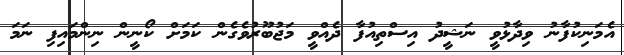
އެމަނިކުފާނު ވިދާޅުވީ ނަޝީދު އިސްތިއުފާ ދެއްވީ މަޖުބޫރުވެގެން ކަމަށް ކޯނީން ނިންމައިފި ނަމަ